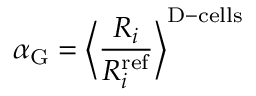
\alpha _ { \mathrm { G } } = \bigg \langle \frac { R _ { i } } { R _ { i } ^ { \mathrm { r e f } } } \bigg \rangle ^ { \mathrm { D - c e l l s } }